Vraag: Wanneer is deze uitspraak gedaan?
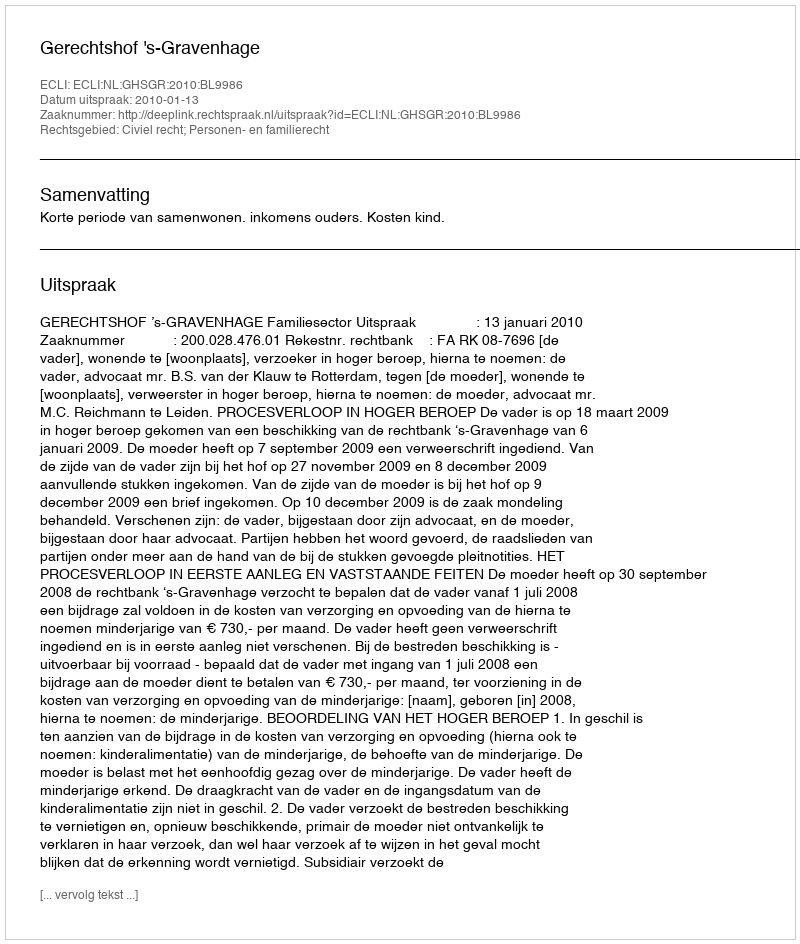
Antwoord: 2010-01-13